Lunatic asylums Punjab 1895-1910 - 1895-1910
Year: 1895
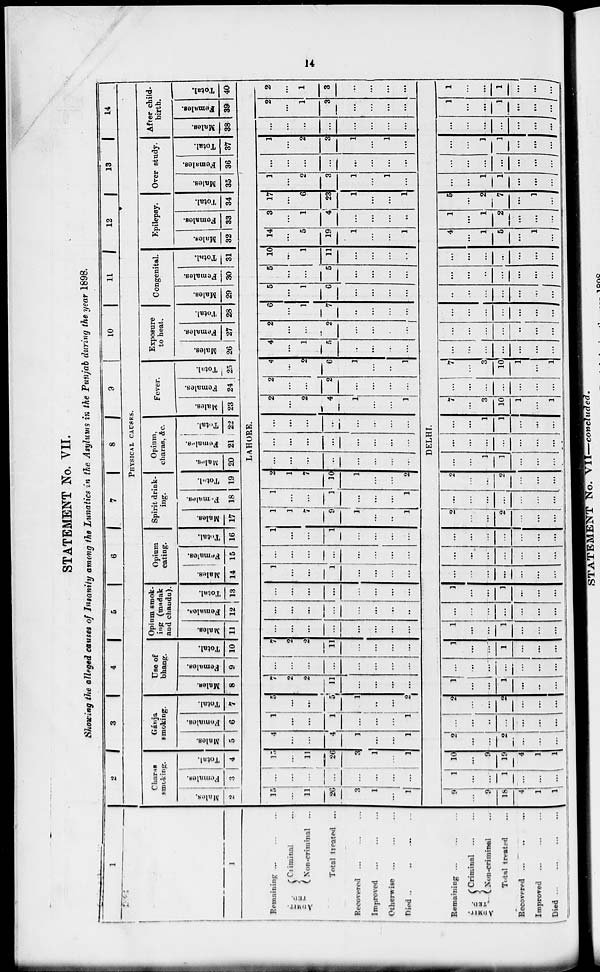
14
STATEMENT No. VII.
Showing the alleged causes of Insanity among the Lunatics in the Asylums in the Punjab during the year 1898.
1
1
Remaining
... ... ...
ADMIT-
TED
Criminal ...
Non-criminal ...
Total treated ...
Recovered ... ... ...
Improved ... ... ...
Otherwise ... ... ...
Died
...
...
...
...
Remaining ... ... ...
ADMIT-
TED.
Criminal ... ...
Non-criminal ...
Total treated ...
Recovered ... ... ...
Improved ... ... ...
Died
...
...
...
...
2 3
4
5
6
7
8
9
10
11
12
13
14
PHYSICAL CAUSES.
Charas
smoking.
Males.
2
Females.
3
Total.
4
Gánja
smoking.
Males.
5
Females.
6
Total.
7
Use of
bhang.
Males.
8
Females.
9
Total.
10
Opium smok-
ing (madak
and chandu).
Males.
11
Females.
12
Total.
13
Opium
eating.
Males.
14
Females.
15
Total.
16
Spirit drink-
ing.
Males.
17
Females.
18
Total.
19
Opium
charas, &c.
Males.
20
Females.
21
Total.
22
Fever.
Males.
23
Females.
24
Total.
25
Exposure
to heat.
Males.
26
Females.
27
Total.
28
Congenital.
Males.
29
Females.
30
Total.
31
Epilepsy.
Males.
32
Females.
33
Total.
34
Over study.
Males.
35
Females.
36
Total.
37
After child-
birth.
Males.
38
Females.
39
Total.
40
LAHORE.
15
...
11
26
3
1
...
1
...
...
...
...
...
...
...
...
15
...
11
26
3
1
...
1
4
...
...
4
1
...
...
1
1
...
...
1
...
...
...
1
5
...
...
5
1
...
...
2
7
2
2
11
...
...
...
...
...
...
...
...
...
...
...
...
7
2
2
11
...
...
...
...
...
...
...
...
...
...
...
...
...
...
...
...
...
...
..
...
...
...
...
...
...
...
...
...
1
...
...
1
...
...
...
...
...
...
...
...
...
...
...
...
1
...
...
1
...
...
...
...
1
1
7
9
1
...
...
1
1
...
...
1
...
...
...
1
2
1
7
10
1
...
...
2
...
...
...
...
...
...
...
...
...
...
...
...
...
...
...
...
...
...
...
...
...
...
...
...
2
...
2
4
1
...
...
1
2
...
...
2
...
...
...
...
4
...
2
6
1
...
...
1
4
...
1
5
...
...
...
...
2
...
...
2
...
...
...
...
6
...
1
7
...
...
...
...
5
...
1
6
...
...
...
....
5
...
...
5
...
...
...
...
10
...
1
11
...
...
...
...
14
...
5
19
1
...
...
1
3
...
1
4
...
...
...
...
17
...
6
23
1
...
...
1
1
...
2
3
1
...
1
...
...
...
...
...
...
...
...
...
1
...
2
3
1
...
1
...
...
...
...
...
...
...
...
2
...
1
3
...
...
...
...
2
...
1
3
...
...
...
...
DELHI.
9
...
9
18
4
1
1
1
...
...
1
...
...
...
10
...
9
19
4
1
1
2
...
...
2
...
...
...
...
...
...
...
...
...
...
2
...
...
2
...
...
...
1
...
...
1
...
...
...
...
...
...
...
...
...
...
1
...
...
1
...
...
...
1
...
...
1
...
...
...
...
...
...
...
...
...
...
1
...
...
1
...
...
...
...
...
...
...
...
...
...
...
. ..
...
...
...
...
...
...
...
...
...
...
...
...
2
...
...
2
...
...
...
...
...
...
...
...
...
...
2
...
...
2
...
...
...
...
...
1
1
...
...
...
...
...
...
...
...
...
...
...
...
1
1
...
...
...
7
...
3
10
1
...
1
...
...
...
...
...
...
...
7
...
3
10
1
...
1
...
...
...
...
...
...
...
...
...
...
...
...
...
...
...
...
...
...
...
...
...
..
...
...
...
...
...
...
...
...
...
...
...
...
...
...
...
...
...
...
...
...
4
...
1
5
...
1
...
1
...
1
2
...
...
...
5
...
2
7
...
1
...
...
...
1
1
...
...
...
...
...
...
...
...
...
...
...
...
1
1
...
...
...
...
...
...
...
...
...
...
1
...
...
1
...
...
...
1
...
...
1
...
...
...